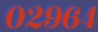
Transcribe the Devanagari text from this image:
०२९६४